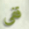
قفي